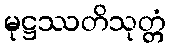
မုဋ္ဌဿတိသုတ္တံ